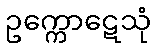
ဥက္ကောဋေသုံ